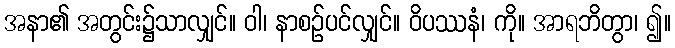
အနာ၏ အတွင်း၌သာလျှင်။ ဝါ၊ နာစဉ်ပင်လျှင်။ ဝိပဿနံ၊ ကို။ အာရဘိတွာ၊ ၍။